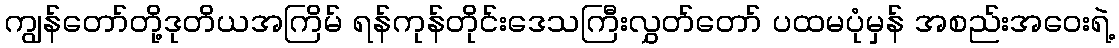
ကျွန်တော်တို့ဒုတိယအကြိမ် ရန်ကုန်တိုင်းဒေသကြီးလွှတ်တော် ပထမပုံမှန် အစည်းအဝေးရဲ့